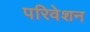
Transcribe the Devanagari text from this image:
परिवेशन